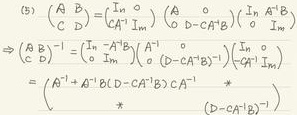
\[
\begin{pmatrix}
A & B \\
C & D
\end{pmatrix}^{-1}=
\begin{pmatrix}
A^{-1} & 0 \\
-CA^{-1} & I_m
\end{pmatrix}
\begin{pmatrix}
A & B \\
0 & D - CA^{-1}B
\end{pmatrix}^{-1}
\begin{pmatrix}
I_n & -A^{-1}B \\
0 & I_m
\end{pmatrix}=
\begin{pmatrix}
I_n & A^{-1}B \\
0 & I_m
\end{pmatrix}
\begin{pmatrix}
A^{-1} & 0 \\
0 & (D - CA^{-1}B)^{-1}
\end{pmatrix}
\begin{pmatrix}
I_n & 0 \\
-CA^{-1} & I_m
\end{pmatrix}=
\begin{pmatrix}
A^{-1}+A^{-1}B(D - CA^{-1}B)^{-1}CA^{-1} & -A^{-1}B(D - CA^{-1}B)^{-1} \\
-(D - CA^{-1}B)^{-1}CA^{-1} & (D - CA^{-1}B)^{-1}
\end{pmatrix}
\]